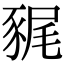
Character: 𧱎